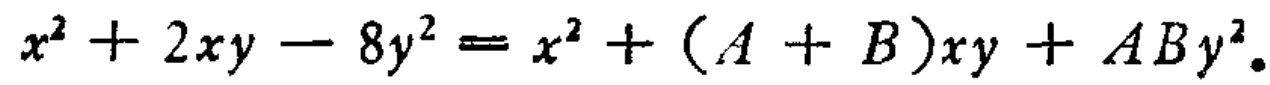
\(x^{2}+2xy - 8y^{2}=x^{2}+(A + B)xy+ABy^{2}\)